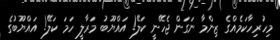
މިހުރިހާކަމެއްގެ ޒިންމާ ނަގަން ޖެހޭނީ ކަލޭ! އައްޔޫބު މަރާލީ ހަމަ ކަލޭ! އައްޔޫބުގެ